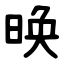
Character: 㬇